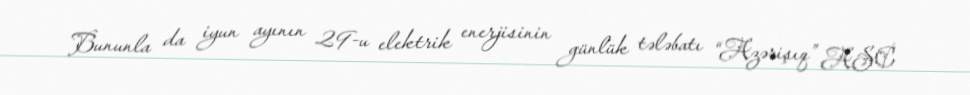
Bununla da iyun ayının 29-u elektrik enerjisinin günlük tələbatı “Azərişıq” ASC